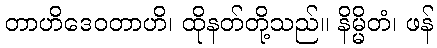
တာဟိဒေဝတာဟိ၊ ထိုနတ်တို့သည်။ နိမ္မိတံ၊ ဖန်